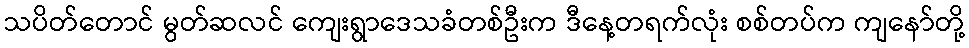
သပိတ်တောင် မွတ်ဆလင် ကျေးရွာဒေသခံတစ်ဦးက ဒီနေ့တရက်လုံး စစ်တပ်က ကျနော်တို့